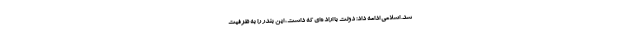
شد. اسلامی ادامه داد: دولت با اراده‌ای که داشت، این بندر را به ظرفیت